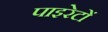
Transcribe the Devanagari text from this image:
पाइरेटों